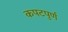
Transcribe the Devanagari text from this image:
कपटपुर्ण